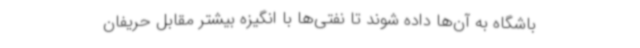
باشگاه به آن‌ها داده شوند تا نفتی‌ها با انگیزه بیشتر مقابل حریفان